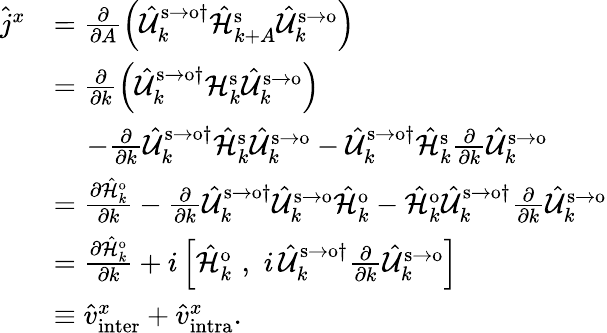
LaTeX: \begin{array}{rl}{\hat{j}^{x}}&{=\frac{\partial}{\partial A}\left(\hat{\mathcal{U}}_{k}^{\mathrm{s}\to\mathrm{o}\dagger}\hat{\mathcal{H}}_{k+A}^{\mathrm{s}}\hat{\mathcal{U}}_{k}^{\mathrm{s}\to\mathrm{o}}\right)}\\ &{=\frac{\partial}{\partial k}\left(\hat{\mathcal{U}}_{k}^{\mathrm{s}\to\mathrm{o}\dagger}\mathcal{H}_{k}^{\mathrm{s}}\hat{\mathcal{U}}_{k}^{\mathrm{s}\to\mathrm{o}}\right)}\\ &{\, \, \, \, \, \, \, -\frac{\partial}{\partial k}\hat{\mathcal{U}}_{k}^{\mathrm{s}\to\mathrm{o}\dagger}\hat{\mathcal{H}}_{k}^{\mathrm{s}}\hat{\mathcal{U}}_{k}^{\mathrm{s}\to\mathrm{o}}-\hat{\mathcal{U}}_{k}^{\mathrm{s}\to\mathrm{o}\dagger}\hat{\mathcal{H}}_{k}^{\mathrm{s}}\frac{\partial}{\partial k}\hat{\mathcal{U}}_{k}^{\mathrm{s}\to\mathrm{o}}}\\ &{=\frac{\partial\hat{\mathcal{H}}_{k}^{\mathrm{o}}}{\partial k}-\frac{\partial}{\partial k}\hat{\mathcal{U}}_{k}^{\mathrm{s}\to\mathrm{o}\dagger}\hat{\mathcal{U}}_{k}^{\mathrm{s}\to\mathrm{o}}\hat{\mathcal{H}}_{k}^{\mathrm{o}}-\hat{\mathcal{H}}_{k}^{\mathrm{o}}\hat{\mathcal{U}}_{k}^{\mathrm{s}\to\mathrm{o}\dagger}\frac{\partial}{\partial k}\hat{\mathcal{U}}_{k}^{\mathrm{s}\to\mathrm{o}}}\\ &{=\frac{\partial\hat{\mathcal{H}}_{k}^{\mathrm{o}}}{\partial k}+i\left[\hat{\mathcal{H}}_{k}^{\mathrm{o}}\, \, ,\, \, i\, \hat{\mathcal{U}}_{k}^{\mathrm{s}\to\mathrm{o}\dagger}\frac{\partial}{\partial k}\hat{\mathcal{U}}_{k}^{\mathrm{s}\to\mathrm{o}}\right]}\\ &{\equiv\hat{v}_{\mathrm{inter}}^{x}+\hat{v}_{\mathrm{intra}}^{x}\mathrm{.}}\end{array}